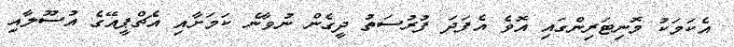
އެކަމަކު މޮނިޓަރިންގައި އޮވެ އެފަދަ ފުރުސަތު ދީގެން ނުވާނެ ކަމަށާއި އެޗްޕީއޭގެ އުސޫލާއި